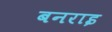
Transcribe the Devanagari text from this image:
बनराइ